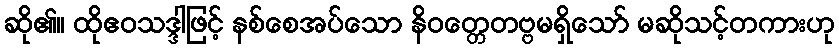
ဆို၏။ ထိုဧဝသဒ္ဒါဖြင့် နစ်စေအပ်သော နိဝတ္တေတဗ္ဗမရှိသော် မဆိုသင့်တကားဟု